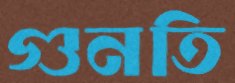
গুনতি